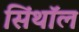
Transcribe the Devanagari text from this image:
सिंथॉल